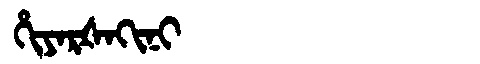
Manchu: ᡥᡳᠶᠠᡵᡧᠠᡴᡳᠨᡳ
Romanization: HIYARŠAKINI